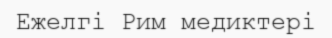
Ежелгі Рим медиктері